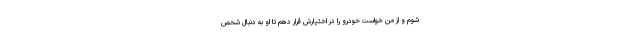
شوم و از من خواست خودرو را در اختیارش قرار دهم تا او به دنبال شخص